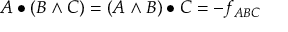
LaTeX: A \bullet ( B \wedge C ) = ( A \wedge B ) \bullet C = - f _ { A B C }